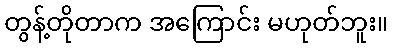
တွန့်တိုတာက အကြောင်း မဟုတ်ဘူး။